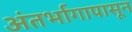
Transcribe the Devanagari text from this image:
अंतर्भागापासून